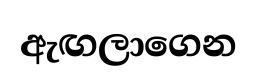
ඇඟලාගෙන